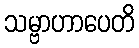
သမ္ဗာဟာပေတိ